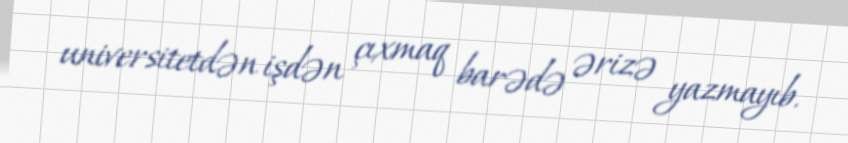
universitetdən işdən çıxmaq barədə ərizə yazmayıb.